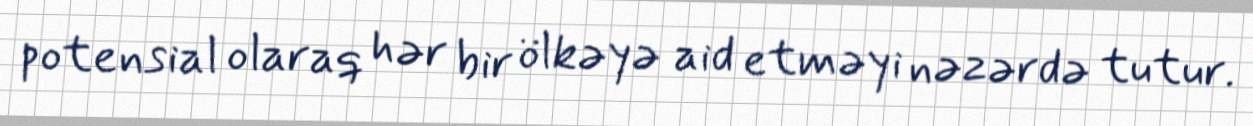
potensial olaraq hər bir ölkəyə aid etməyi nəzərdə tutur.